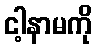
ငါ့နာမကို